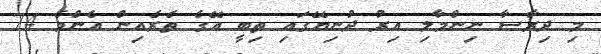
މި ދިރާސާ ނިންމާލި އިރު ދުނިޔޭގައި ތިބީ އޭގެ ތެރެއިން އެންމެ 74